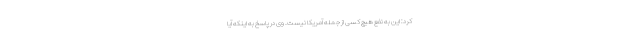
کرد: این به نفع هیچ کسی از جمله آمریکا نیست. وی در پاسخ به اینکه آیا